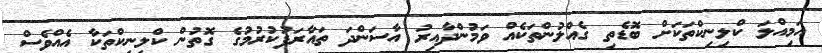
އަމިއްލަ ކްލިނިކްތަކަށް ބޮޑެތި ގެއްލުންތަކެއް ވަމުންދާއިރު އާސަންދަ ތައާރަފުކުރުމުގެ ގޮތުން ކްލިނިކްތަކާ އެއްވެސް